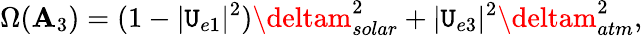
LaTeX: \Omega(\mathbf{A}_{3})=(1-|\mathtt{U}_{e1}|^{2})\deltam_{solar}^{2}+|\mathtt{U}_{e3}|^{2}\deltam_{atm}^{2},